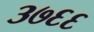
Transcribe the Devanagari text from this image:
३७६६